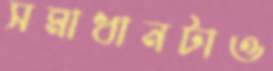
সমাধানটাও